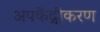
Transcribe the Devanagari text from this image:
अपकेंद्रीकरण